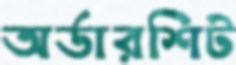
অর্ডারশিট